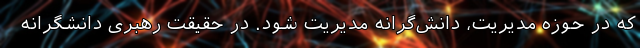
که در حوزه مدیریت، دانش‌گرانه مدیریت شود. در حقیقت رهبری دانشگرانه